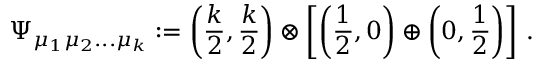
\Psi _ { \mu _ { 1 } \mu _ { 2 } . . . \mu _ { k } } : = \left( { \frac { k } { 2 } } , { \frac { k } { 2 } } \right) \otimes \left[ \left( { \frac { 1 } { 2 } } , 0 \right) \oplus \left( 0 , { \frac { 1 } { 2 } } \right) \right] \, .